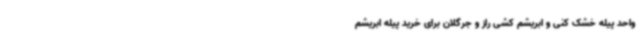
واحد پیله خشک کنی و ابریشم کشی راز و جرگلان برای خرید پیله ابریشم